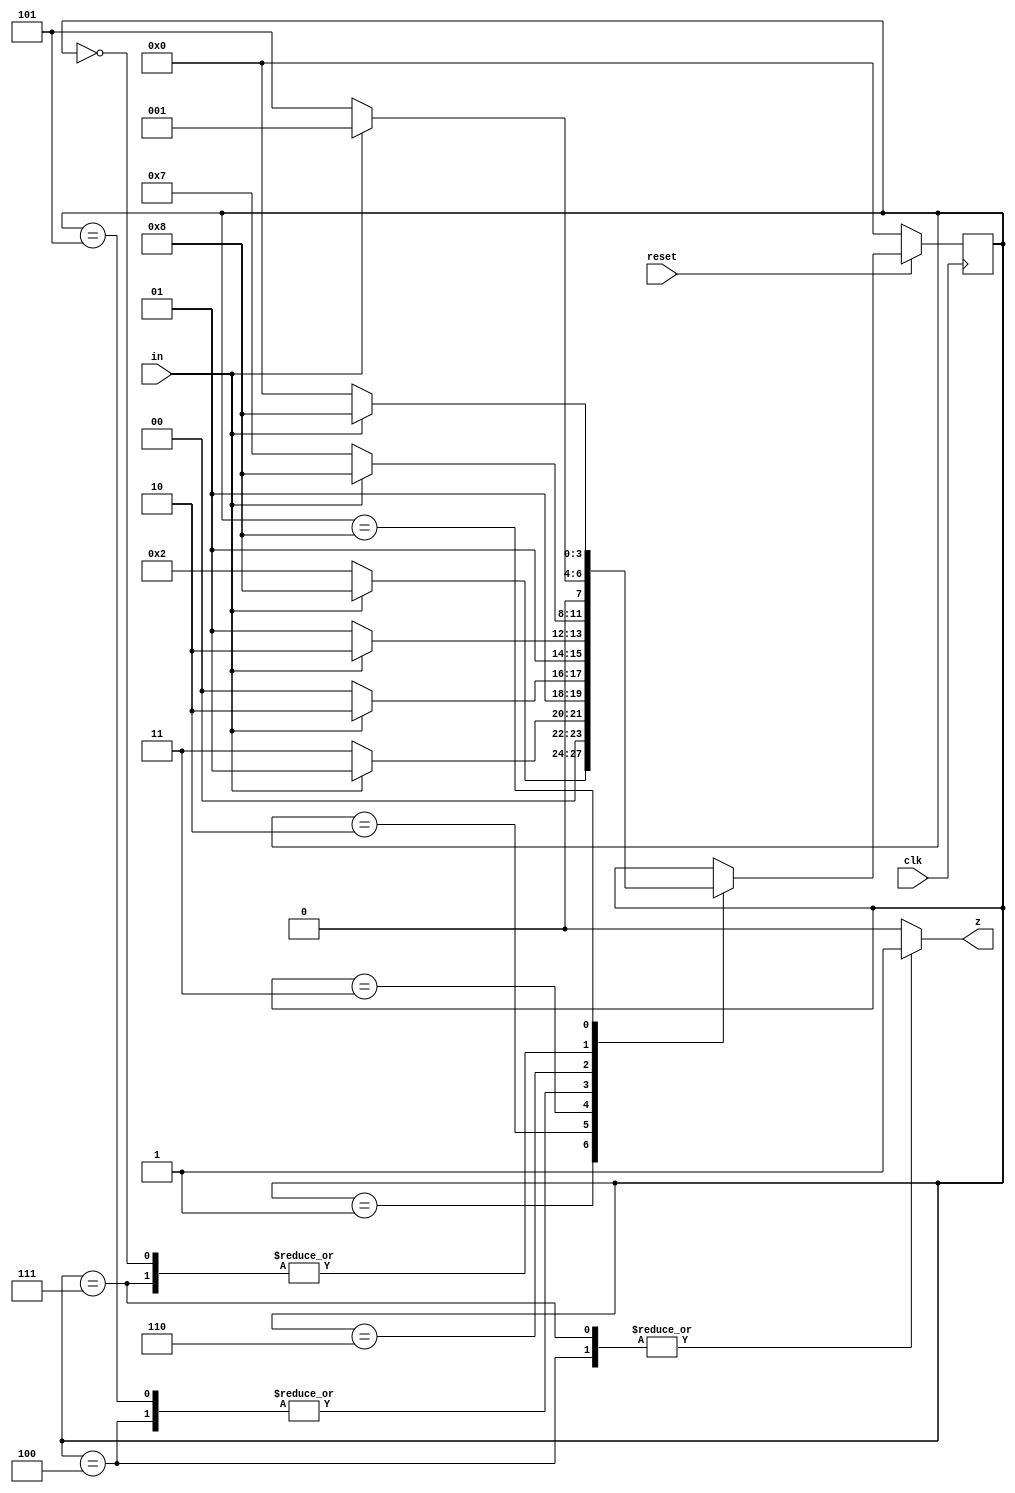
/*
*  Pattern Detecting Machine - State Level
*  Checks for the patterns 0100 or 00010
*  Rightmost bit arrives first
*  Requires an initial reset to start at the default state.
*/


module machine_a(z, clk, in, reset);
	input clk, in, reset;
	output z;

	reg [3:0] state, next;
	reg z;
	//reg s0, s1, s2, s3, s4, s5, s6, s7, s8;		//Debug signals

	parameter A0 = 4'd0;
	
	//path for 01000
	parameter B01 = 4'd1;
	parameter B010 = 4'd2;
	parameter B0100 = 4'd3;
	parameter B01000 = 4'd4;

	//path for 0010
	parameter C00 = 4'd5;
	parameter C001 = 4'd6;
	parameter C0010 = 4'd7;

	//Extra 1 path;
	parameter D11 = 4'd8;

	always @ (negedge clk) begin
		if(!reset)
			state <= A0;
		else
			state <= next;
	end
	
	always @ (state or in or next) begin
		case (state)
			default:begin
				next = state;
				z = 0;
			end
			
			A0:begin
				z = 0;
			/*	s0 = 1;
				s1 = 0;
				s2 = 0;
				s3 = 0;
				s4 = 0;
				s5 = 0;
				s6 = 0;
				s7 = 0;
				s8 = 0;		*/
				if(!in) next = C00;
				else next = B01;
			end

			B01:begin
				z = 0;
			/*	s0 = 0;
				s1 = 1;
				s2 = 0;
				s3 = 0;
				s4 = 0;
				s5 = 0;
				s6 = 0;
				s7 = 0;
				s8 = 0;		*/
				if(!in) next = B010;
				else next = D11;
			end
			B010:begin
				z = 0;
			/*	s0 = 0;
				s1 = 0;
				s2 = 1;
				s3 = 0;
				s4 = 0;
				s5 = 0;
				s6 = 0;
				s7 = 0;
				s8 = 0;		*/
				if(!in) next = B0100;
				else next = B01;
			end
			B0100:begin
				z = 0;
			/*	s0 = 0;
				s1 = 0;
				s2 = 0;
				s3 = 1;
				s4 = 0;
				s5 = 0;
				s6 = 0;
				s7 = 0;
				s8 = 0;		*/
				if(!in) next = B01000;
				else next = C001;
			end
			B01000:begin
				z = 1;
			/*	s0 = 0;
				s1 = 0;
				s2 = 0;
				s3 = 0;
				s4 = 1;
				s5 = 0;
				s6 = 0;
				s7 = 0;
				s8 = 0;		*/
				if(!in) next = C00;
				else next = C001;
			end

			C00:begin
				z = 0;
			/*	s0 = 0;
				s1 = 0;
				s2 = 0;
				s3 = 0;
				s4 = 0;
				s5 = 1;
				s6 = 0;
				s7 = 0;
				s8 = 0;		*/
				if(!in) next = C00;
				else next = C001;
			end
			C001:begin
				z = 0;
			/*	s0 = 0;
				s1 = 0;
				s2 = 0;
				s3 = 0;
				s4 = 0;
				s5 = 0;
				s6 = 1;
				s7 = 0;
				s8 = 0;		*/
				if(!in) next = C0010;
				else next = D11;
			end
			C0010:begin
				z = 1;
			/*	s0 = 0;
				s1 = 0;
				s2 = 0;
				s3 = 0;
				s4 = 0;
				s5 = 0;
				s6 = 0;
				s7 = 1;
				s8 = 0;		*/
				if (!in) next = C00;
				else next = B01;
			end
		
			D11:begin
				z = 0;
			/*	s0 = 0;
				s1 = 0;
				s2 = 0;
				s3 = 0;
				s4 = 0;
				s5 = 0;
				s6 = 0;
				s7 = 0;
				s8 = 1;		*/
				if(!in) next = A0;
				else next = D11;
			end
		endcase
	end
endmodule